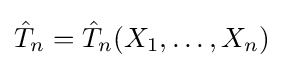
{\hat {T}}_{n}={\hat {T}}_{n}(X_{1},\dots ,X_{n})